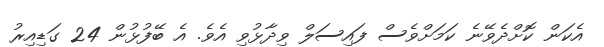
އެކަން ކޮށްދެވޭނެ ކަމަށްވެސް ފައިސަލް ވިދާޅުވި އެވެ. އެ ބޭފުޅުން 24 ގަޑިއިރު